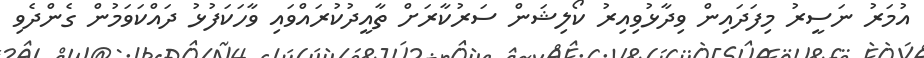
އުމަރު ނަސީރު މިފަދައިން ވިދާޅުވިއިރު ކޯލިޝަން ސަރުކާރަށް ތާއީދުކުރައްވައި ވާހަކަފުޅު ދައްކަވަމުން ގެންދެވި